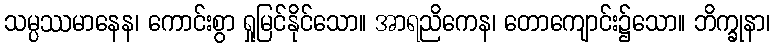
သမ္ပဿမာနေန၊ ကောင်းစွာ ရှုမြင်နိုင်သော။ အာရညိကေန၊ တောကျောင်း၌သော။ ဘိက္ခုနာ၊